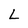
Character: L